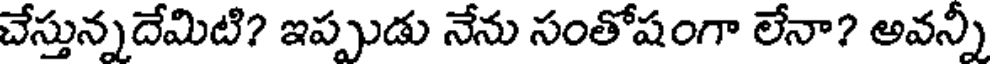
చేస్తున్నదేమిటి? ఇప్పుడు నేను సంతోషంగా లేనా? అవన్నీ